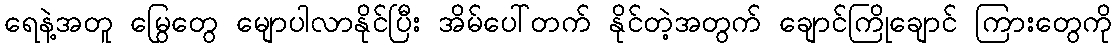
ရေနဲ့အတူ မြွေတွေ မျောပါလာနိုင်ပြီး အိမ်ပေါ်တက် နိုင်တဲ့အတွက် ချောင်ကြိုချောင် ကြားတွေကို